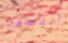
القصور